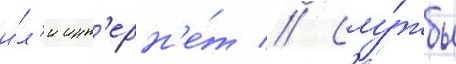
и́л'и инт'ерн'е́т // Слу́жбы